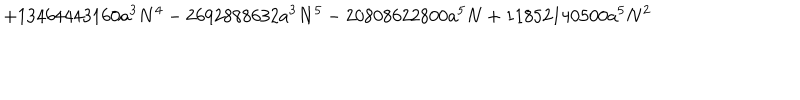
LaTeX: + 1 3 4 6 4 4 4 3 1 6 0 a ^ { 3 } N ^ { 4 } - 2 6 9 2 8 8 8 6 3 2 a ^ { 3 } N ^ { 5 } - 2 0 8 0 8 6 2 2 8 0 0 a ^ { 5 } N + 1 1 8 5 2 1 4 0 5 0 0 a ^ { 5 } N ^ { 2 }